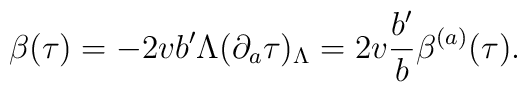
\beta(\tau)=-2v b'\Lambda(\partial_a\tau)_\Lambda=2v{b'\over b}\beta^{(a)}(\tau).